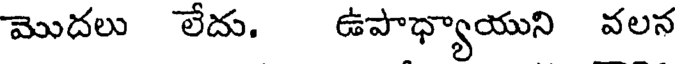
మొదలు లేదు. ఉపాధ్యాయుని వలన